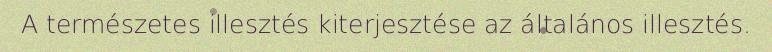
A természetes illesztés kiterjesztése az általános illesztés.